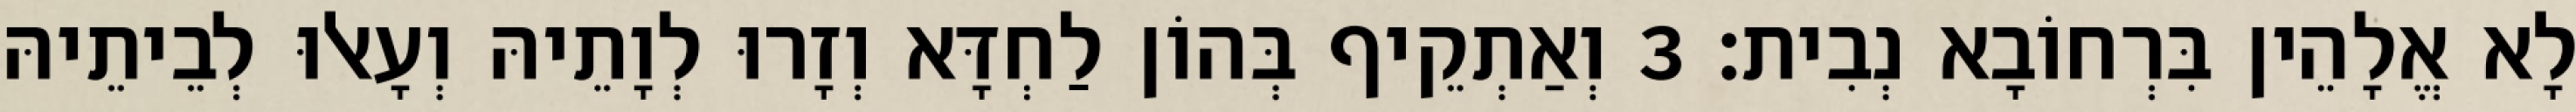
לָא אֱלָהֵין בִּרְחוֹבָא נְבִית׃ 3 וְאַתְקֵיף בְּהוֹן לַחְדָּא וְזָרוּ לְוָתֵיהּ וְעָאלוּ לְבֵיתֵיהּ